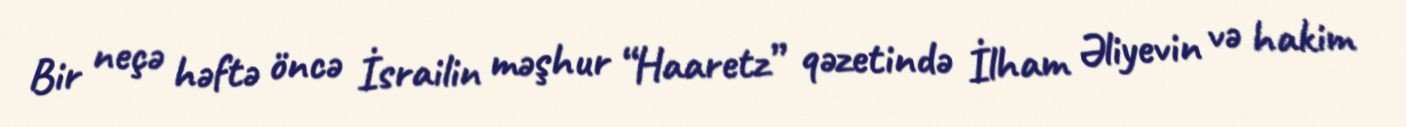
Bir neçə həftə öncə İsrailin məşhur “Haaretz” qəzetində İlham Əliyevin və hakim